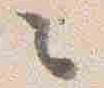
々